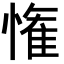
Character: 𭞞